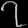
Digit: ၇